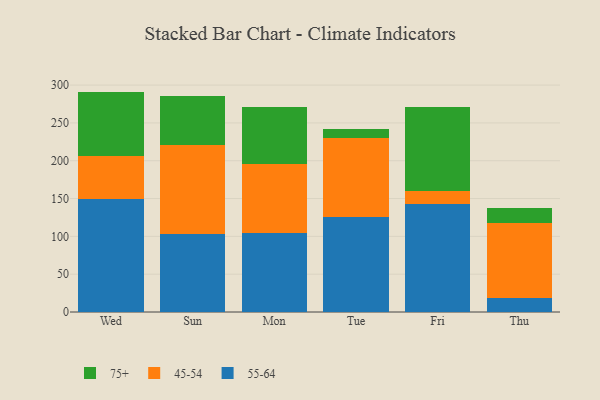
{"axis": {"x": "Day", "y": "Waste Production (Tons)"}, "legend": ["45-54", "55-64", "75+"], "data": [{"x": "Wed", "y": 148.9, "type": "55-64"}, {"x": "Wed", "y": 57.5, "type": "45-54"}, {"x": "Wed", "y": 85.0, "type": "75+"}, {"x": "Sun", "y": 103.0, "type": "55-64"}, {"x": "Sun", "y": 118.0, "type": "45-54"}, {"x": "Sun", "y": 64.3, "type": "75+"}, {"x": "Mon", "y": 104.8, "type": "55-64"}, {"x": "Mon", "y": 90.7, "type": "45-54"}, {"x": "Mon", "y": 75.4, "type": "75+"}, {"x": "Tue", "y": 126.1, "type": "55-64"}, {"x": "Tue", "y": 103.9, "type": "45-54"}, {"x": "Tue", "y": 12.3, "type": "75+"}, {"x": "Fri", "y": 142.5, "type": "55-64"}, {"x": "Fri", "y": 17.0, "type": "45-54"}, {"x": "Fri", "y": 112.0, "type": "75+"}, {"x": "Thu", "y": 18.9, "type": "55-64"}, {"x": "Thu", "y": 98.4, "type": "45-54"}, {"x": "Thu", "y": 19.6, "type": "75+"}]}